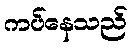
ကပ်နေသည်